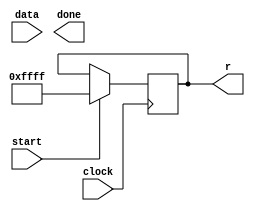
module ps6(
	input clock,
	input start,
	input data,
	output done,
	output [15:0] r
    );

	reg [15:0] state;

	always @(posedge clock) begin
		if (start) begin
			// clear things
			state <= 16'hFFFF;
		end
	end

	assign r = state;

endmodule